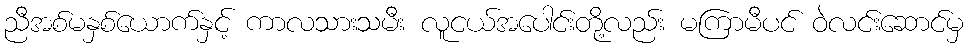
ညီအစ်မနှစ်ယောက်နှင့် ကာလသားသမီး လူငယ်အပေါင်းတို့လည်း မကြာမီပင် ဝဲလင်းဆောင်မှ